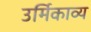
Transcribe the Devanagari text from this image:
उर्मिकाव्य